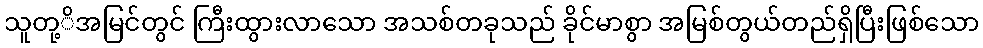
သူတု့ိအမြင်တွင် ကြီးထွားလာသော အသစ်တခုသည် ခိုင်မာစွာ အမြစ်တွယ်တည်ရှိပြီးဖြစ်သော